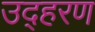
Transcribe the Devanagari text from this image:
उद्हरण